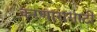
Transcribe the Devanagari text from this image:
करणारासाठी